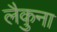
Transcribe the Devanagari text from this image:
लैकुना